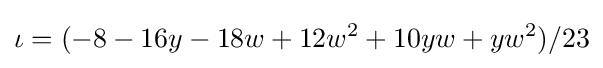
\iota =(-8-16y-18w+12w^{2}+10yw+yw^{2})/23